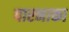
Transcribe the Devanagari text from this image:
पारनाका